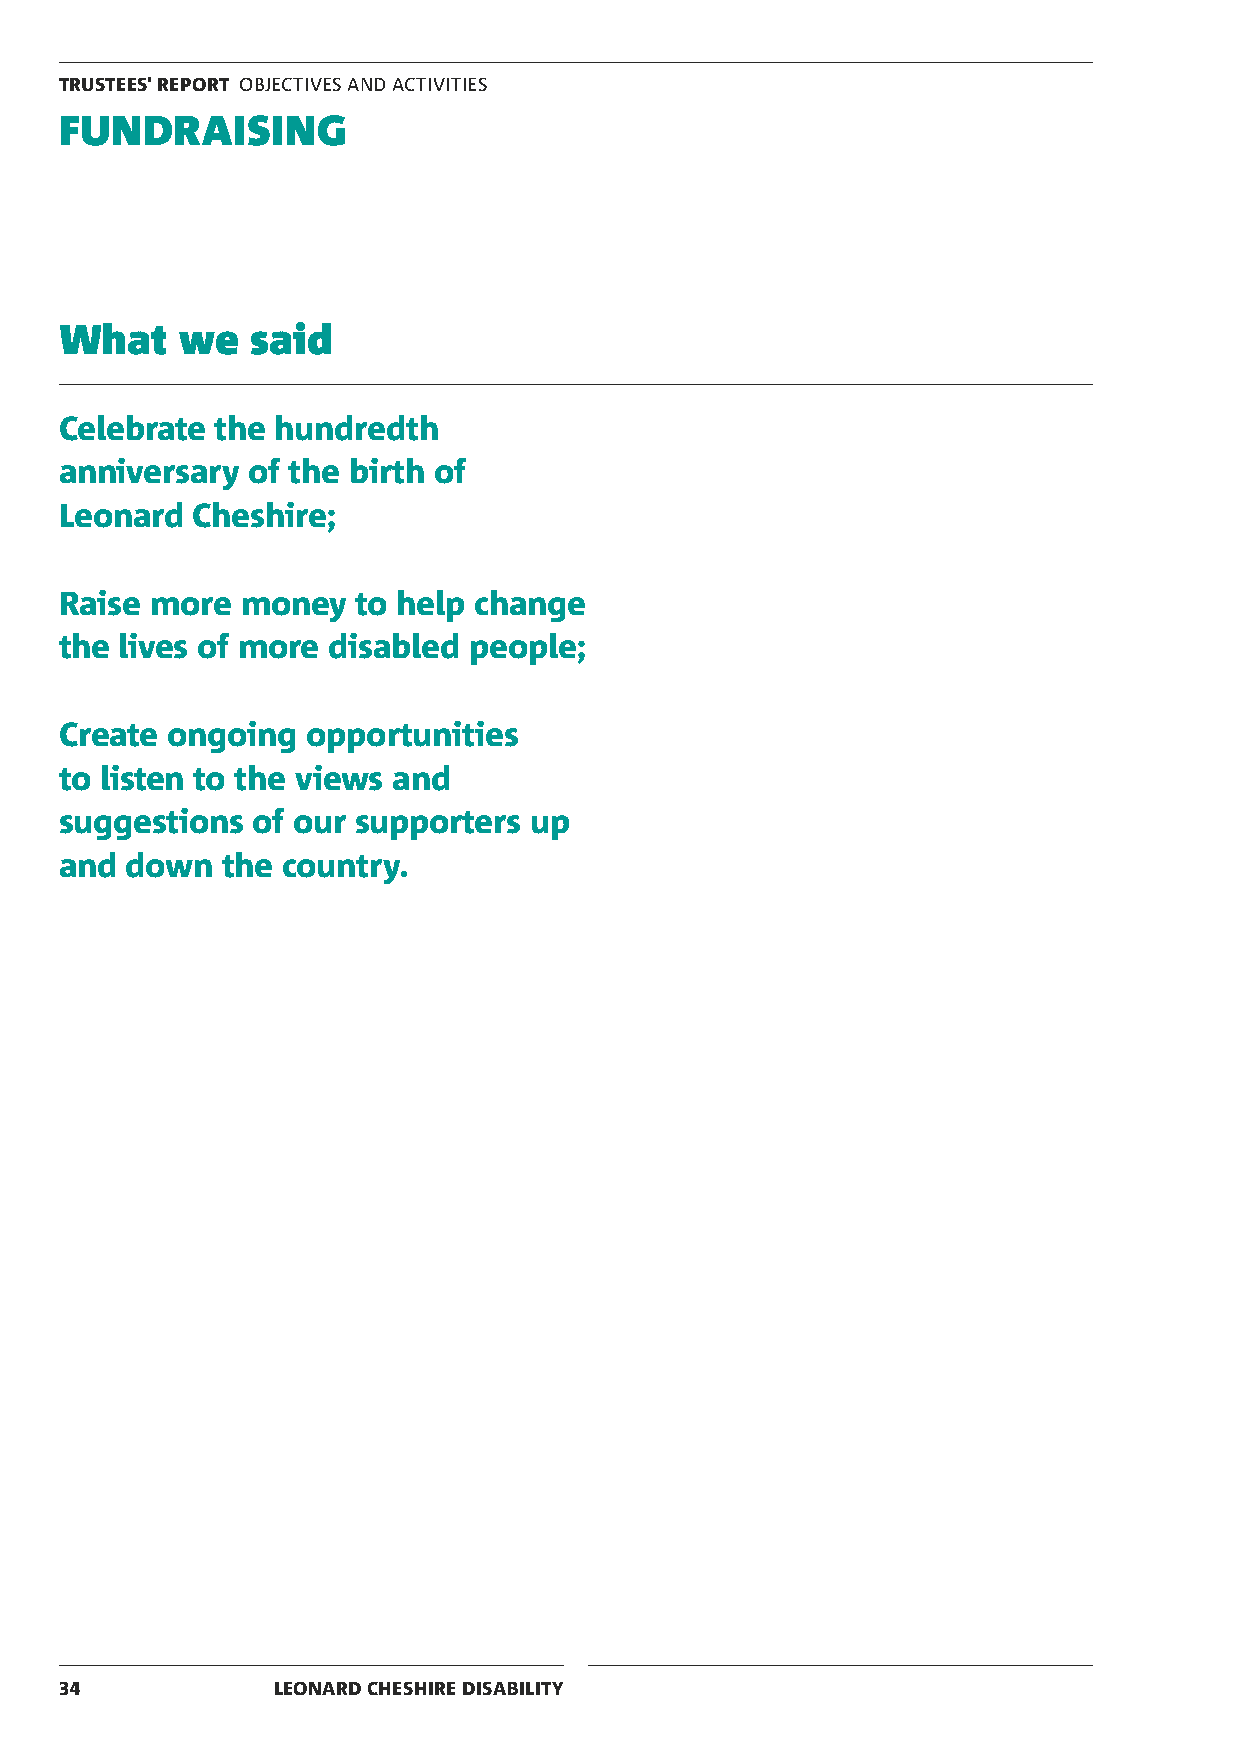
TRUSTEES' REPORT OBJECTIVES AND ACTIVITIES
 FUNDRAISING
 What    we   said
 Celebrate the hundredth
 anniversary of the birth of
 Leonard  Cheshire;
 Raise more  money   to help change
 the lives of more disabled people;
 Create ongoing  opportunities
 to listen to the views and
 suggestions  of our supporters up
 and down   the country.
 34            LEONARD CHESHIRE DISABILITY